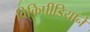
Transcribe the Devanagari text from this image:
विकिपीडियाने